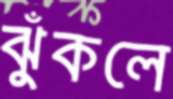
ঝুঁকলে